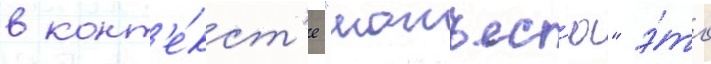
в конт'е́кст'е "манъес'ю" э́то